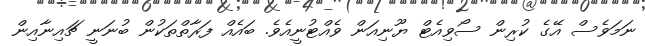
ނަމަވެސް އޭގެ ކުރިން ސޯވިއެޓް ޔޫނިއަން ވެއްޓުނީއެވެ. ބައެއް ފަރާތްތަކުން ބުނަނީ ޗައިނާއިން